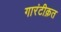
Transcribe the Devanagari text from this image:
गारंटीक़त